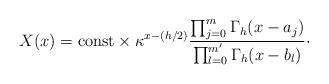
LaTeX: \begin{align*}X(x) = \mbox{const}\times \kappa^{x-(h/2)} \frac{\prod_{j=0}^m\Gamma_h(x-a_j) } {\prod_{l=0}^{m'} \Gamma_h(x-b_l)}\cdot\end{align*}